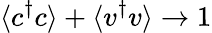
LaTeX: \langle c^{\dagger}c\rangle+\langle v^{\dagger}v\rangle\rightarrow 1